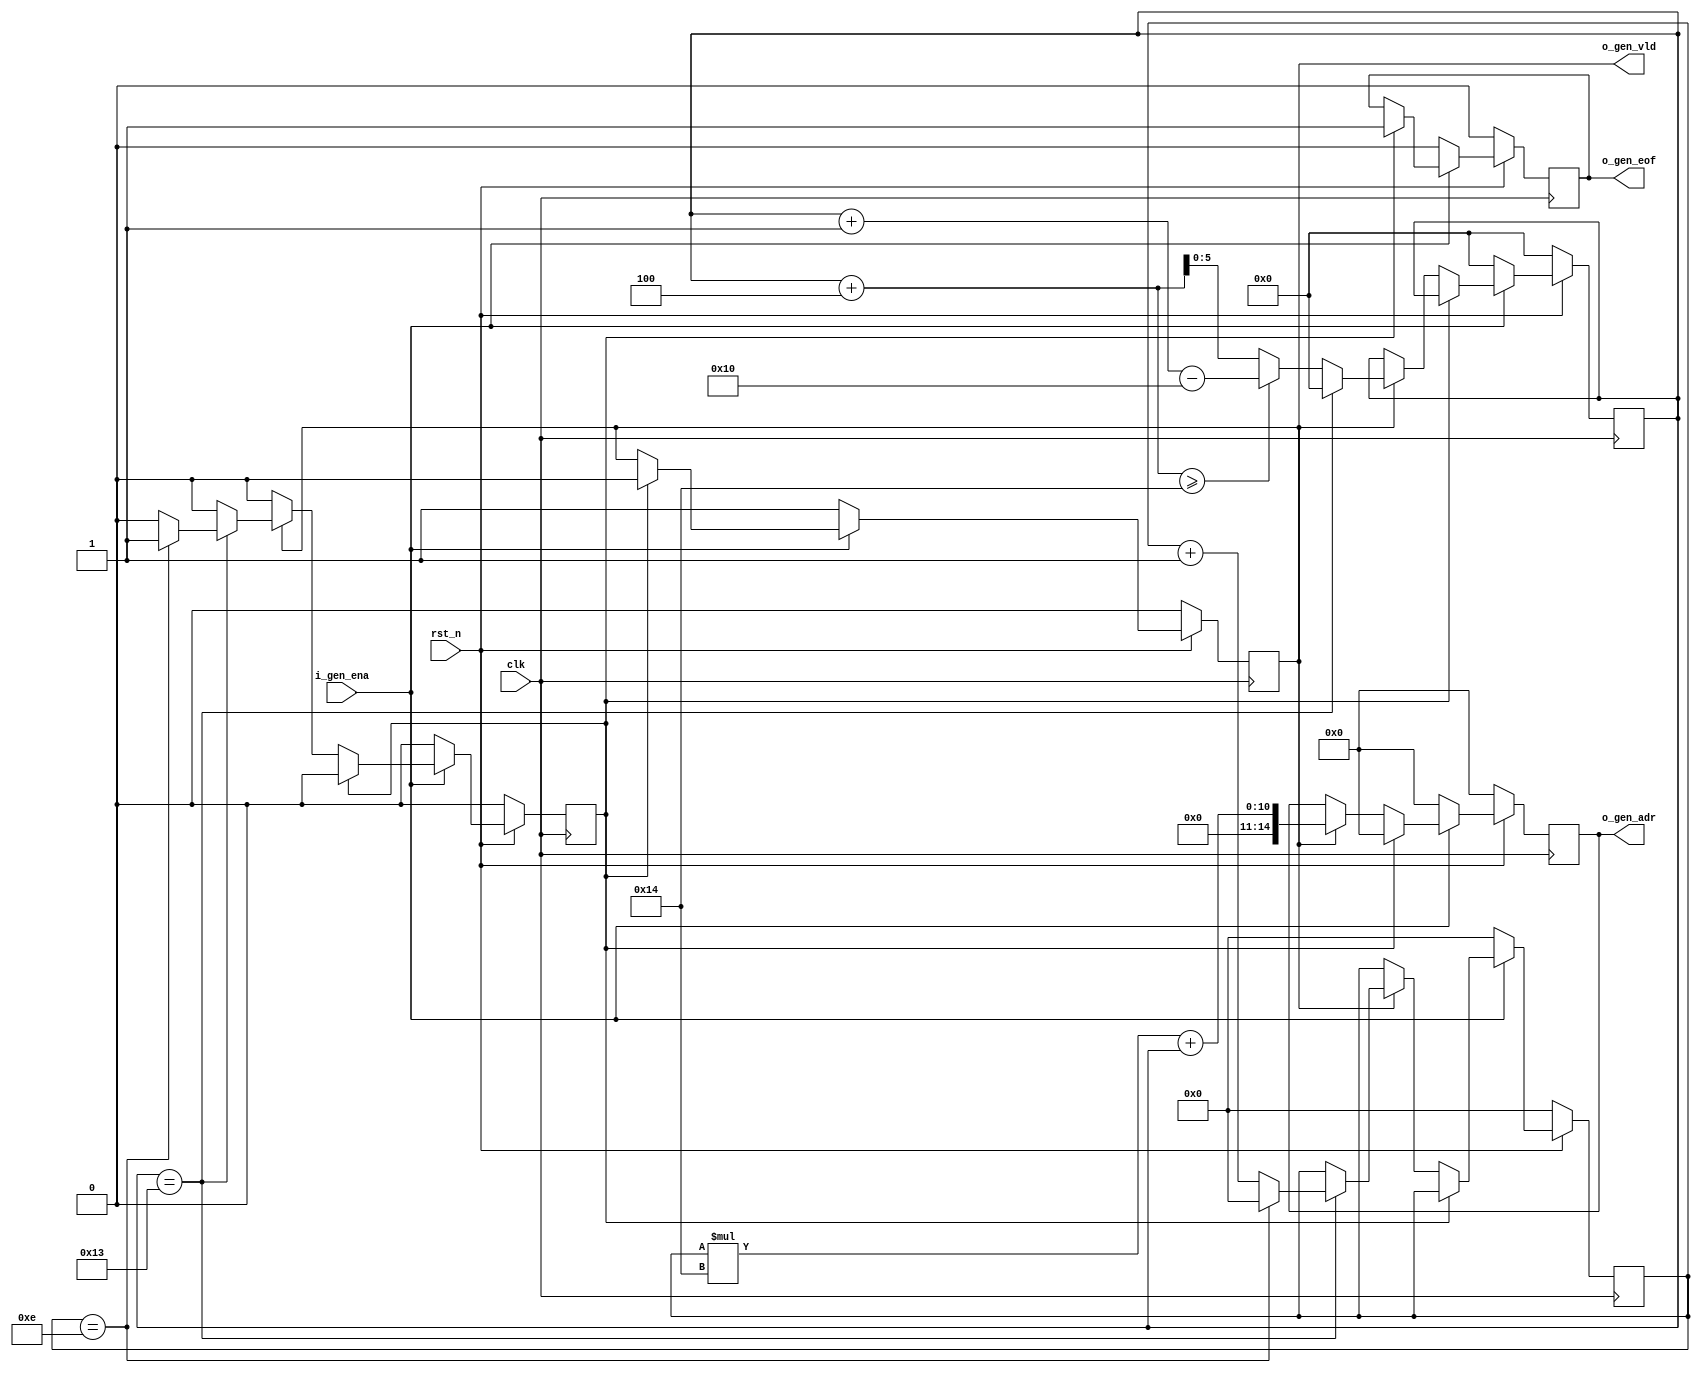
module addr_gen #(

	parameter IMG_WIDTH     = 640,                    // image resolution
	parameter IMG_HEIGHT    = 480,                    // in pixels
	parameter BLK_SIZE      = 32,                     // block size BLK_SIZE x BLK_SIZE
	parameter ADDR_WIDTH    = (IMG_HEIGHT * IMG_WIDTH) / (BLK_SIZE ^ 2),
	parameter PIXELS_OFFSET = 4,                      // how many pixels to skip
	parameter COLUMNS       = IMG_WIDTH / BLK_SIZE,
	parameter ROWS          = IMG_HEIGHT / BLK_SIZE,
	parameter GROUPS        = COLUMNS / PIXELS_OFFSET // amount of vertical groups in a row, each group of 'offset' blocks	
	
	) (

	input                                      clk,
	input                                      rst_n,  // sync reset, active low
		
	input                                      i_gen_ena,  // one pulse for start read each block 32x32 in picture

	output reg                                 o_gen_vld,  // is active, when o_gen_adr is valid
	output reg [$clog2(ADDR_WIDTH - 1):0]      o_gen_adr,  // value of generated address for 32x32

	output                                     o_gen_eof   // one pulse when frame is processed (optional)
	);

	reg [$clog2(COLUMNS - 1):0] pos_x ;
	reg [$clog2(ROWS - 1):0] pos_y ;
	reg disable_on_next;

	always @(posedge clk)
	begin
		// verilator lint_off WIDTH
		if (!rst_n) begin // drop everything when resetting
			o_gen_vld <= 'b0;
			o_gen_eof <= 'b0;
			pos_x <= 'b0;
			pos_y <= 'b0;
			o_gen_adr <= 'b0;
			disable_on_next <= 'b0;
		end 
		else if (!i_gen_ena) begin
			o_gen_vld <= 'b1;
			o_gen_eof <= 'b0;
			pos_x <= 'b0;
			pos_y <= 'b0;
			o_gen_adr <= 'b0;
			disable_on_next <= 'b0;
		end
		else if (disable_on_next) begin
			o_gen_vld <= 'b0;
			disable_on_next <= 'b0;
			o_gen_eof <= 'b1;
			o_gen_adr <= 'b0; // for clean idle output
		end
		else if (o_gen_vld == 'b0) begin
			//do nothing, wait for i_gen_ena
		end
		else if (pos_x == COLUMNS - 'b1) begin // last column
			if (pos_y == ROWS - 'b1) begin // is it also the last row?
				o_gen_adr <=  pos_y * COLUMNS + pos_x;
				disable_on_next <= 'b1;
				pos_x <= 'b0;
				pos_y <= 'b0;
			end
			else begin
				pos_x <= 'b0; // next column then
				pos_y <= pos_y + 'b1;
				o_gen_adr <= pos_y * COLUMNS + pos_x;
			end
		end
		else begin
			if (pos_x + PIXELS_OFFSET >= COLUMNS) begin // next jump right would miss the table, jump left
				pos_x <= pos_x + 'b1 - PIXELS_OFFSET * (GROUPS - 'b1);
				o_gen_adr <=  pos_y * COLUMNS + pos_x;
			end
			else begin
				pos_x <= pos_x + PIXELS_OFFSET; // jump right
				o_gen_adr <= pos_y * COLUMNS + pos_x;
			end
		end
		// verilator lint_on WIDTH
	end
endmodule